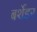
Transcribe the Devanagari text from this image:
बर्शेडर